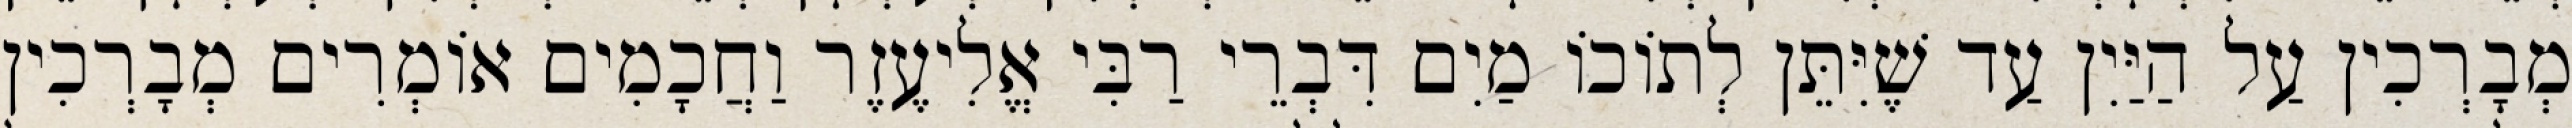
מְבָרְכִין עַל הַיַּיִן עַד שֶׁיִּתֵּן לְתוֹכוֹ מַיִם דִּבְרֵי רַבִּי אֱלִיעֶזֶר וַחֲכָמִים אוֹמְרִים מְבָרְכִין